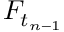
F _ { t _ { n - 1 } }